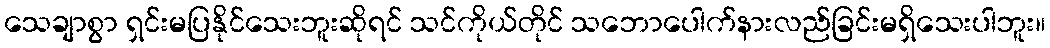
သေချာစွာ ရှင်းမပြနိုင်သေးဘူးဆိုရင် သင်ကိုယ်တိုင် သဘောပေါက်နားလည်ခြင်းမရှိသေးပါဘူး။